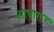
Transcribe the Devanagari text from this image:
आचारदशा